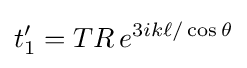
t'_{1}=TR\,e^{3ik\ell /\cos \theta }